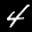
Label: 4